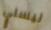
ليسلي